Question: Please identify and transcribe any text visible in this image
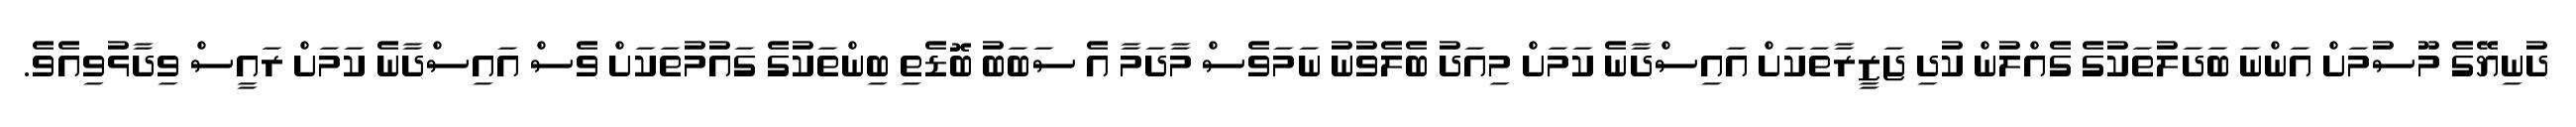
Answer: ދުނިޔޭގެ މޫސުމަށް އަންނަ ބަދަލުތަކުގެ ގެއްލުން ކުދި ޖަޒީރާތަކަށް އައިސްދާނެ ކަމަށް މިއަދު ބެލެވުނު ނަމަވެސް މާދަމާ އެ ސަބަބު ބޮޑެތި ބިންތަކުގެ ގައުމުތަކަށް ވެސް އައިސްދާނެ ކަމަށް ރައީސް ވިދާޅުވިއެވެ.